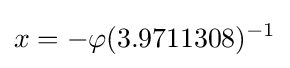
x=-\varphi (3.9711308)^{-1}